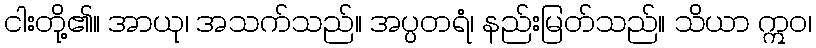
ငါးတို့၏။ အာယု၊ အသက်သည်။ အပ္ပတရံ၊ နည်းမြတ်သည်။ သိယာ ဣဝ၊